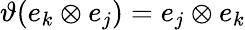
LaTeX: \vartheta(e_{k}\otimes e_{j})=e_{j}\otimes e_{k}